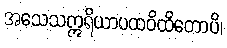
အသေသဣရိယာပထဝိထိတောပိ၊